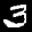
Label: 3